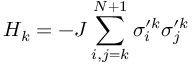
{ { H } _ { k } } = - J \sum _ { i , j = k } ^ { N + 1 } { \sigma _ { i } ^ { \prime k } \sigma _ { j } ^ { \prime k } }